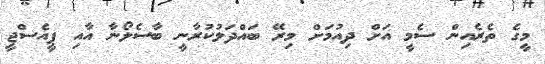
މީގެ ތެރެއިން ސެމީ އަށް ދިއުމަށް މިރޭ ބައްދަލުކުރާނީ ބާސެލޯނާ އާއި ޕީއެސްޖީ